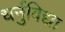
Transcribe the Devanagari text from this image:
धर्नुविद्या